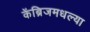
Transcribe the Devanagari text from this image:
केंब्रिजमधल्या